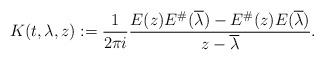
LaTeX: \begin{align*} K(t, \lambda, z) := \frac{1}{2\pi i} \frac{E(z) E^{\#} (\overline{\lambda}) - E^{\#} (z) E( \overline{\lambda } ) }{z - \overline{\lambda} }.\end{align*}